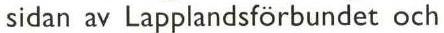
sidan av Lapplandsförbundet och